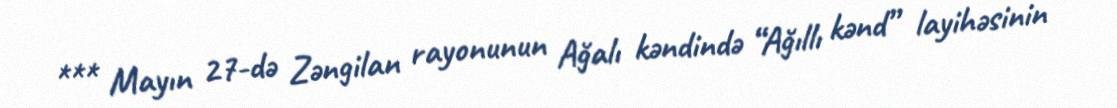
*** Mayın 27-də Zəngilan rayonunun Ağalı kəndində “Ağıllı kənd” layihəsinin